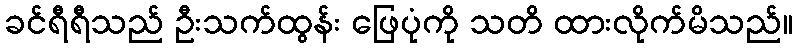
ခင်ရီရီသည် ဦးသက်ထွန်း ဖြေပုံကို သတိ ထားလိုက်မိသည်။